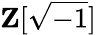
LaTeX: \mathbf{Z}[{\sqrt{-1}}]